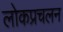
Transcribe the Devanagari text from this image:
लोकप्रचलन